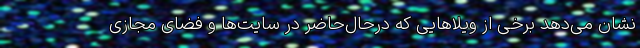
نشان می‌دهد برخی از ویلاهایی که درحال‌حاضر در سایت‌ها و فضای مجازی